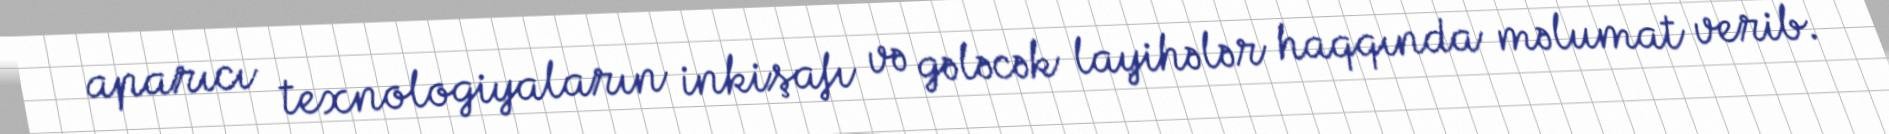
aparıcı texnologiyaların inkişafı və gələcək layihələr haqqında məlumat verib.